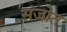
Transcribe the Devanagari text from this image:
संजोत